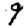
Digit: 9